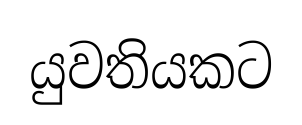
යුවතියකට